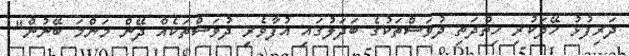
ދަރިފުޅު ހޭދަކުރި ހިތްދަތި ދުވަސްތަކުގެ ބަދަލުގައި އުފާވެރި ދުވަސްތަކެއް ދޭން މަންމަ ބޭނުން"